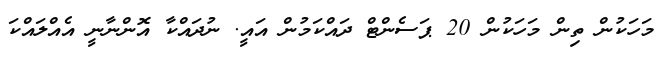
މަހަކުން ތިން މަހަކުން 20 ޕަސެންޓް ދައްކަމުން އައީ. ނުދައްކާ އޮންނާނީ އެއްލައްކަ